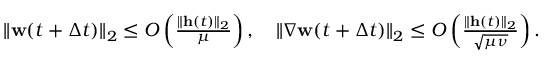
\begin{array} { r } { \| \mathbf { w } ( t + \Delta t ) \| _ { 2 } \leq O \left( \frac { \| \mathbf { h } ( t ) \| _ { 2 } } { \mu } \right) , \quad \| \nabla \mathbf { w } ( t + \Delta t ) \| _ { 2 } \leq O \left( \frac { \| \mathbf { h } ( t ) \| _ { 2 } } { \sqrt { \mu \nu } } \right) . } \end{array}